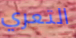
التعري